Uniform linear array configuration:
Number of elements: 32
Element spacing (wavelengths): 1
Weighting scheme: uniform
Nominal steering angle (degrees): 0
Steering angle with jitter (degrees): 1.328
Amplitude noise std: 0.05
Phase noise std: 0.05

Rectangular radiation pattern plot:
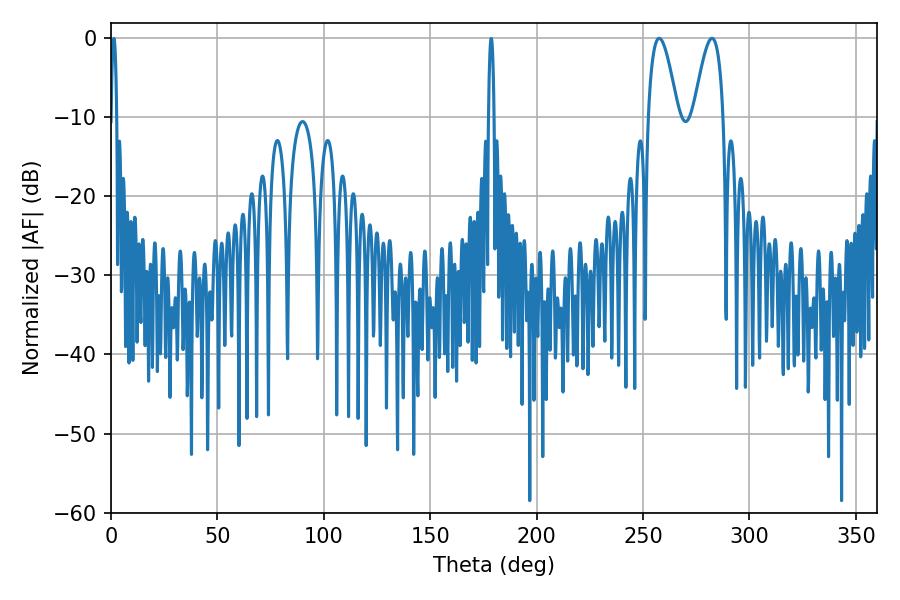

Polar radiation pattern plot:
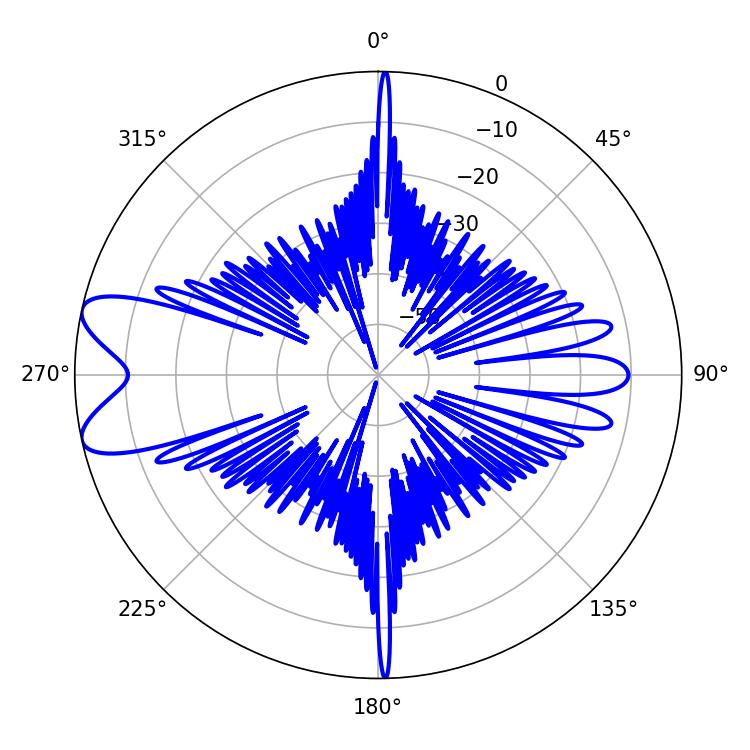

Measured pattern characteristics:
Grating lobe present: TRUE
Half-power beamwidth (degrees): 7.56
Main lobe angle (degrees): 257.58